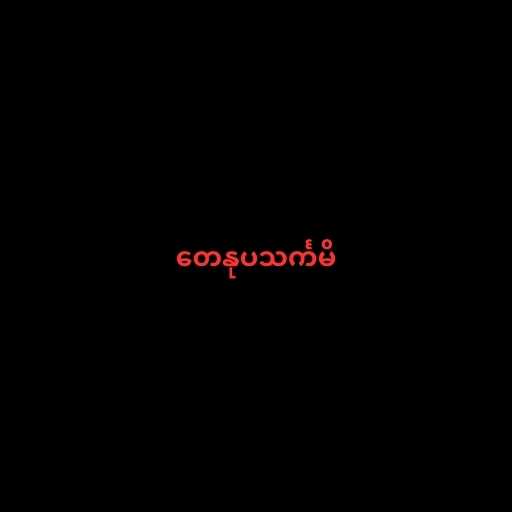
တေနုပသင်္ကမိ